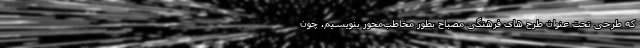
که طرحی تحت عنوان طرح های فرهنگی مصباح بطور مخاطب‌محور بنویسیم. چون